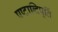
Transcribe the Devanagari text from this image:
षष्टाब्दिपूर्ति